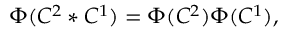
\Phi ( C ^ { 2 } * C ^ { 1 } ) = \Phi ( C ^ { 2 } ) \Phi ( C ^ { 1 } ) ,